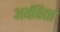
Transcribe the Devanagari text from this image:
अर्थविद्या